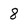
Character: 8